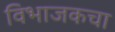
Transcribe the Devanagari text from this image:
विभाजकचा